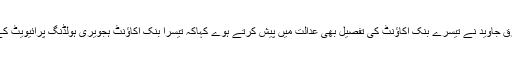
اس دوران گواہ طارق جاوید نے تیسرے بنک اکاﺅنٹ کی تفصیل بھی عدالت میں پیش کرتے ہوے کہاکہ تیسرا بنک اکاﺅنٹ ہجویری ہولڈنگ پرائیویٹ کے نام پر کھولا گیا۔